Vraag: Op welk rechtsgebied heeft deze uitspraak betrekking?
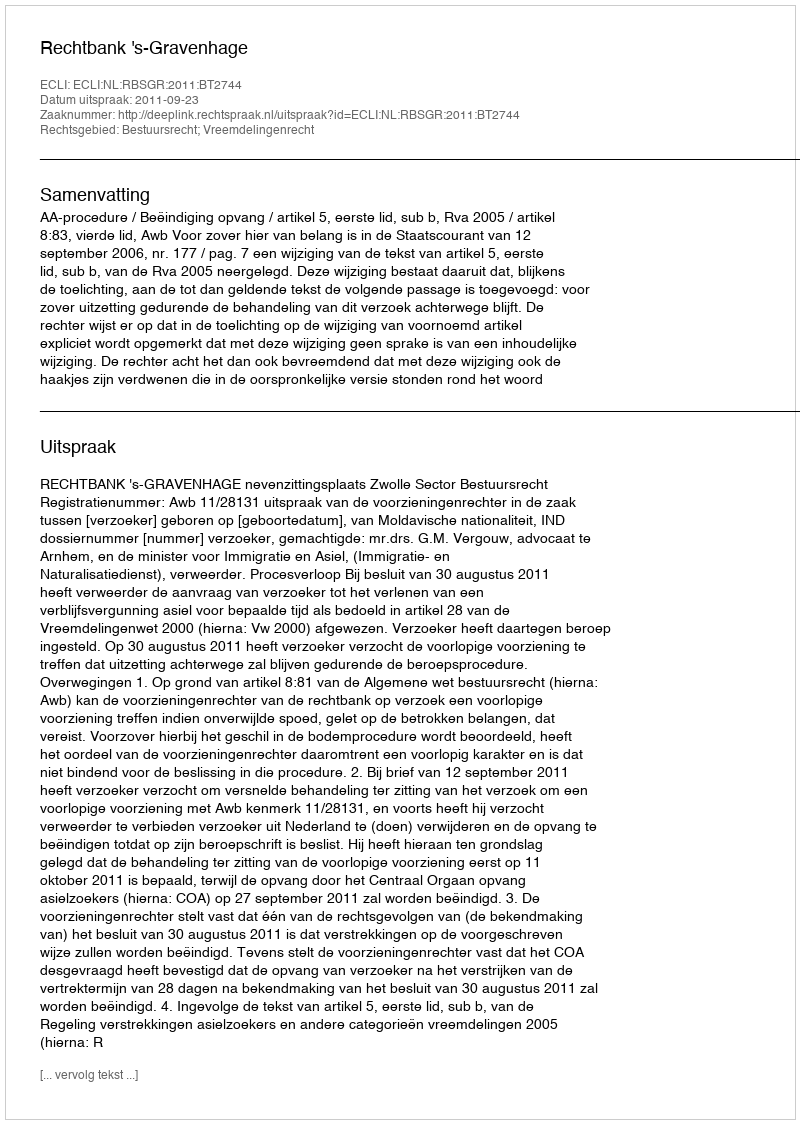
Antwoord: Bestuursrecht; Vreemdelingenrecht